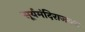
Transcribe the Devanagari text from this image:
सूर्यमंदिराजवळ